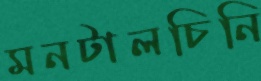
মনটালচিনি